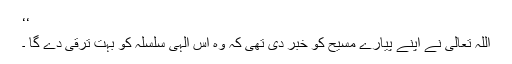
‘‘
اللہ تعالیٰ نے اپنے پیارے مسیح کو خبر دی تھی کہ وہ اس الہٰی سلسلہ کو بہت ترقی دے گا ۔